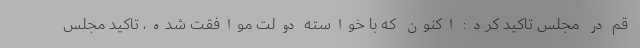
قم در مجلس تاکید کرد: اکنون که با خواسته دولت موافقت شده، تاکید مجلس